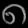
Digit: ၈